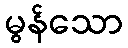
မွန်သော